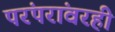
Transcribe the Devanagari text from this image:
परंपरांवरही